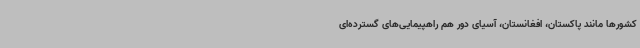
کشورها مانند پاکستان، افغانستان، آسیای دور هم راهپیمایی‌های گسترده‌ای